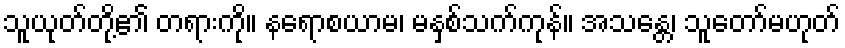
သူယုတ်တို့၏ တရားကို။ နရောစယာမ၊ မနှစ်သက်ကုန်။ အသန္တေ၊ သူတော်မဟုတ်